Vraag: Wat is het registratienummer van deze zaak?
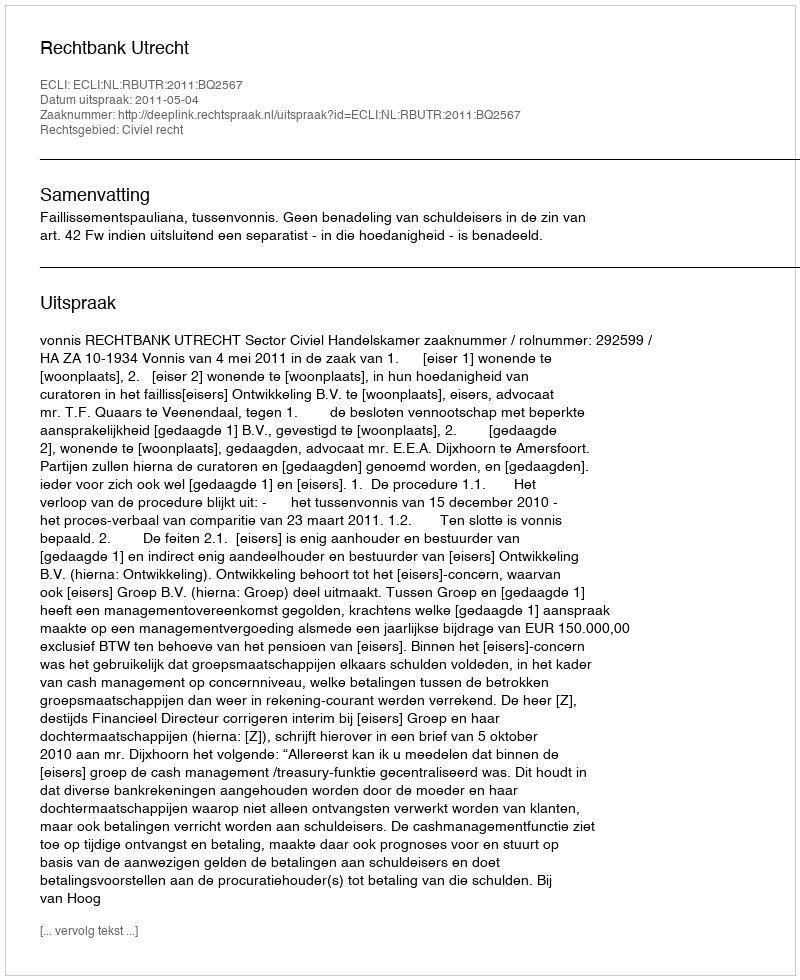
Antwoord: http://deeplink.rechtspraak.nl/uitspraak?id=ECLI:NL:RBUTR:2011:BQ2567